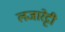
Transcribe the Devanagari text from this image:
लजारेट्टी